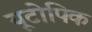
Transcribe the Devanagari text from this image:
यूटोपिक